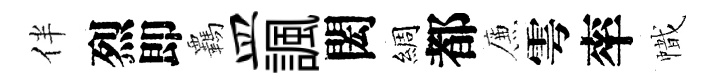
伴烈即覊皿諷閎綢都簾雩率幟